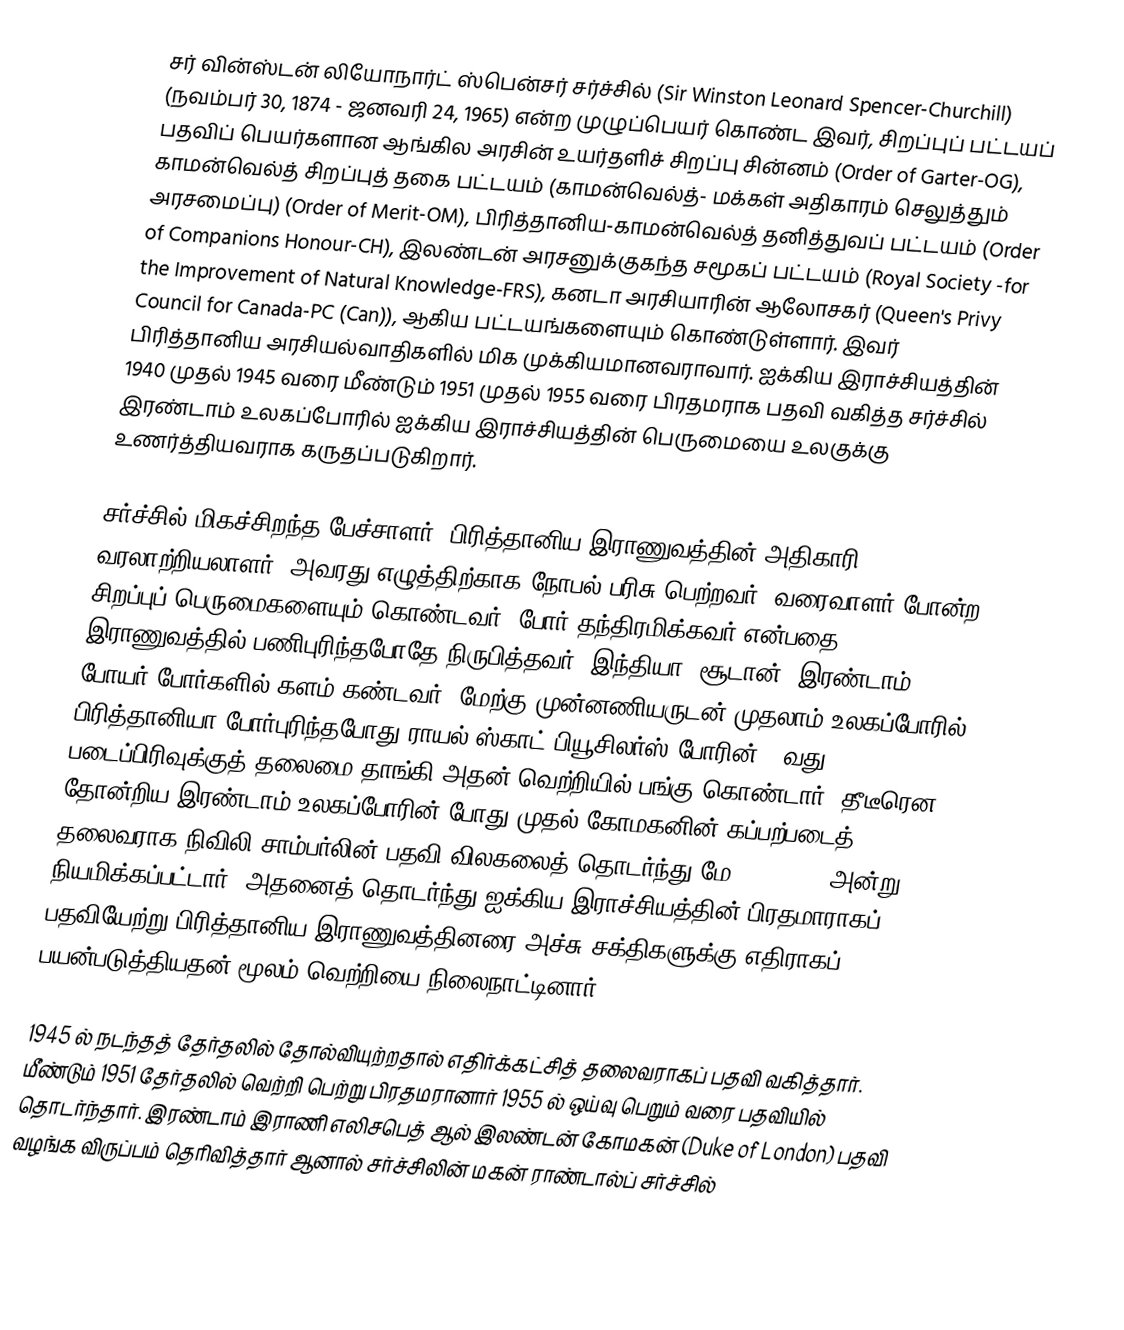
சர் வின்ஸ்டன் லியோநார்ட்  ஸ்பென்சர் சர்ச்சில் (Sir Winston Leonard Spencer-Churchill) (நவம்பர் 30, 1874 - ஜனவரி 24, 1965)  என்ற முழுப்பெயர் கொண்ட இவர், சிறப்புப் பட்டயப் பதவிப் பெயர்களான ஆங்கில அரசின் உயர்தளிச் சிறப்பு சின்னம் (Order of Garter-OG), காமன்வெல்த் சிறப்புத் தகை பட்டயம்  (காமன்வெல்த்- மக்கள் அதிகாரம் செலுத்தும் அரசமைப்பு)  (Order of Merit-OM), பிரித்தானிய-காமன்வெல்த் தனித்துவப் பட்டயம் (Order of Companions Honour-CH), இலண்டன் அரசனுக்குகந்த சமூகப் பட்டயம் (Royal Society -for the Improvement of Natural Knowledge-FRS), கனடா அரசியாரின் ஆலோசகர் (Queen's Privy Council for Canada-PC (Can)), ஆகிய பட்டயங்களையும் கொண்டுள்ளார்.  இவர் பிரித்தானிய அரசியல்வாதிகளில் மிக முக்கியமானவராவார்.  ஐக்கிய இராச்சியத்தின் 1940 முதல் 1945 வரை மீண்டும் 1951 முதல் 1955 வரை பிரதமராக பதவி வகித்த சர்ச்சில் இரண்டாம் உலகப்போரில் ஐக்கிய இராச்சியத்தின் பெருமையை உலகுக்கு உணர்த்தியவராக  கருதப்படுகிறார்.

சர்ச்சில் மிகச்சிறந்த பேச்சாளர், பிரித்தானிய இராணுவத்தின் அதிகாரி, வரலாற்றியலாளர், அவரது எழுத்திற்காக நோபல் பரிசு பெற்றவர், வரைவாளர் போன்ற சிறப்புப் பெருமைகளையும் கொண்டவர். போர் தந்திரமிக்கவர் என்பதை இராணுவத்தில் பணிபுரிந்தபோதே நிருபித்தவர். இந்தியா, சூடான், இரண்டாம் போயர் போர்களில் களம் கண்டவர். மேற்கு முன்னணியருடன் முதலாம் உலகப்போரில் பிரித்தானியா போர்புரிந்தபோது ராயல் ஸ்காட் பியூசிலர்ஸ் போரின் 6 வது படைப்பிரிவுக்குத் தலைமை தாங்கி அதன் வெற்றியில் பங்கு கொண்டார். தீடீரென தோன்றிய இரண்டாம் உலகப்போரின் போது முதல் கோமகனின் கப்பற்படைத் தலைவராக நிவிலி சாம்பர்லின் பதவி விலகலைத் தொடர்ந்து மே 10., 1940 அன்று நியமிக்கப்பட்டார். அதனைத் தொடர்ந்து ஐக்கிய இராச்சியத்தின் பிரதமாராகப் பதவியேற்று பிரித்தானிய இராணுவத்தினரை அச்சு சக்திகளுக்கு எதிராகப் பயன்படுத்தியதன் மூலம் வெற்றியை நிலைநாட்டினார்.

1945 ல் நடந்தத் தேர்தலில் தோல்வியுற்றதால் எதிர்க்கட்சித் தலைவராகப் பதவி வகித்தார். மீண்டும் 1951 தேர்தலில் வெற்றி பெற்று பிரதமரானார் 1955 ல் ஒய்வு பெறும் வரை பதவியில் தொடர்ந்தார். இரண்டாம் இராணி எலிசபெத் ஆல் இலண்டன் கோமகன் (Duke of London) பதவி வழங்க விருப்பம் தெரிவித்தார் ஆனால் சர்ச்சிலின் மகன் ராண்டால்ப் சர்ச்சில்